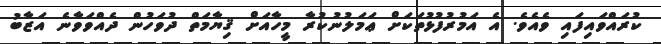
ކުރައްވައިފައި ވެއެވެ. އެ އަމުރުފުޅުތަކަށް ޢަމަލުނުކުރާ މީހާއަށް ޤިޔާމަތް ދުވަހުން ދެއްވަވާނެ އަޒާބު